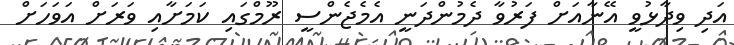
އަދި ވިދާޅުވީ އޭނާއަށް ފަރުވާ ދެމުންދަނީ އެމެޖެންސީ ރޫމްގައި ކަމަށާއި ވަރަށް އަވަހަށް